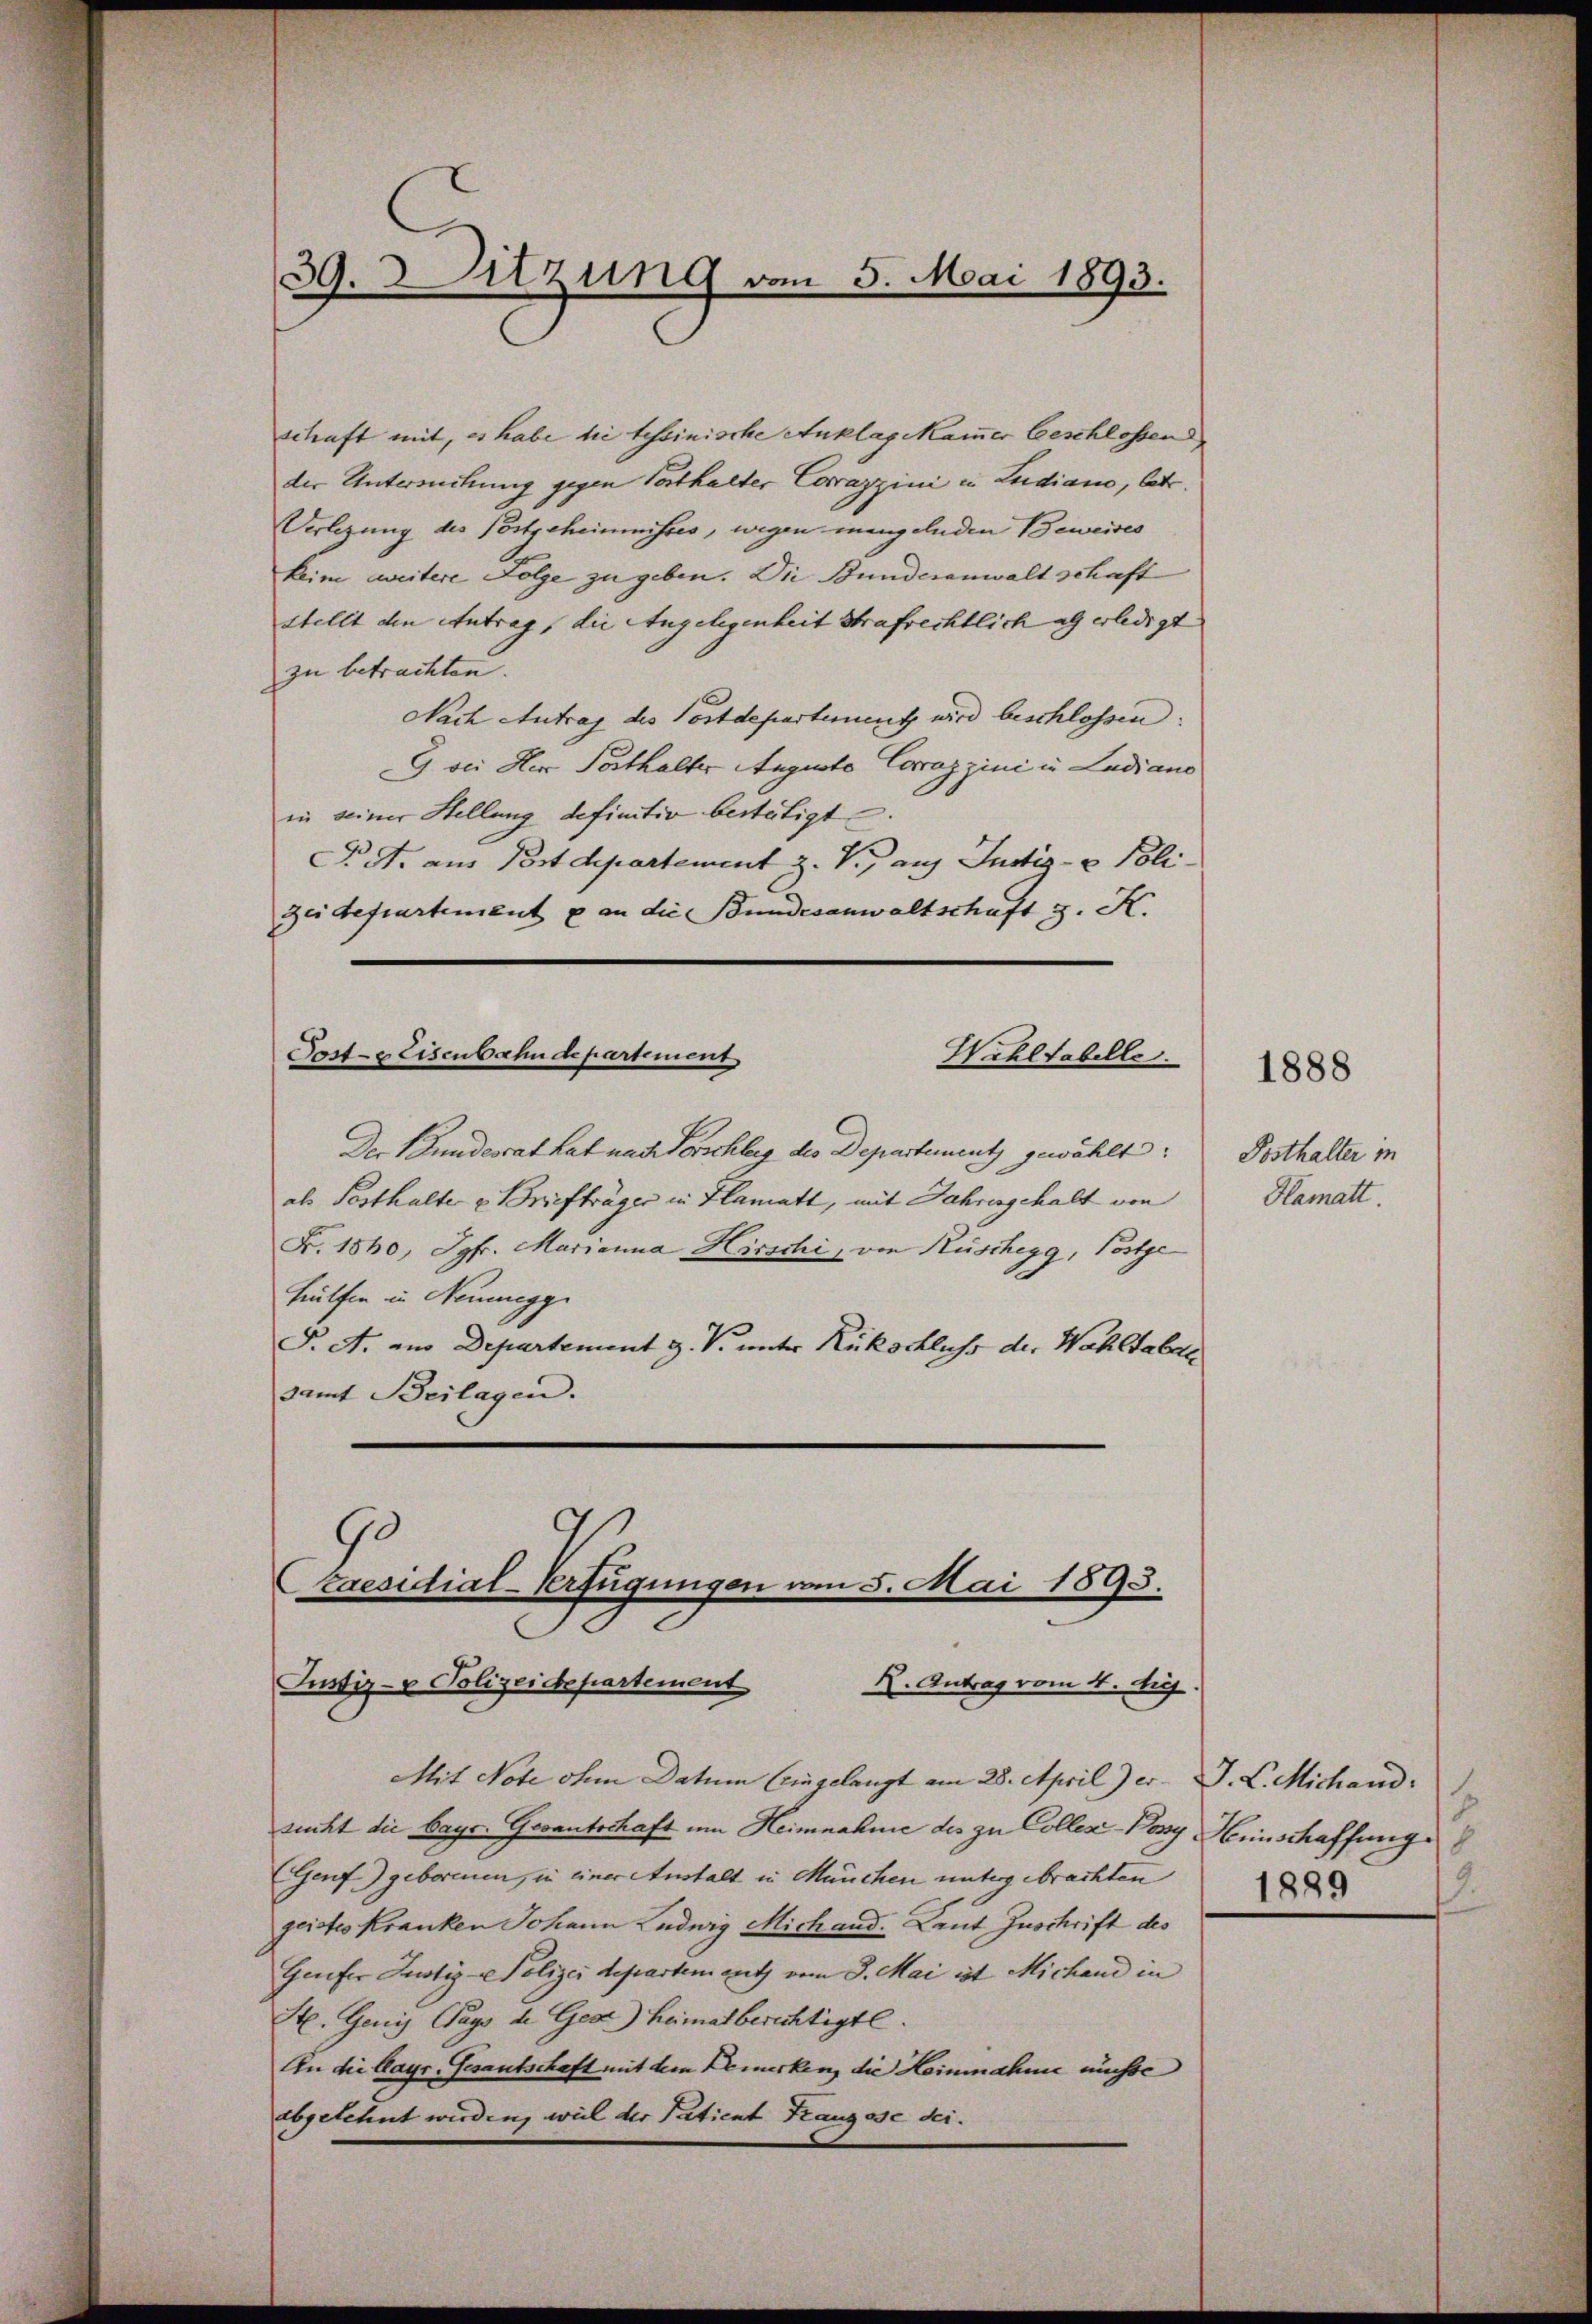
39. Sitzung vom 5. Mai 1893.

schaft mit, es habe die tessinische Anklag Mammer Geschlossen
der Untersuchung gegen Vorthalter Corazzini in Ludiano, betr.
Verlegung des Postgeheimnisses, wegen mangelnden Beweises
keim zweitere Folge zu geben. Die Bundesanwalt schaft
stellt den Antrag, die Angelegenheit strafrechtlich als erledigt
zu betrachten.
Nach Antrag des Postdepartement wird beschlossen:
G sei Herr Parthalter Augusto Corazzini in Ludiano
in seiner Stellung definitiv bestätigt.
P.S. aus Postdepartement z. V., auf Justiz- & Poli
zeidepartement & an die Bundesanwaltschaft z. K.
Post- & Eisenbahn de partement
Wihltabelle.
Der Bundesrat hat nach Vorschlag des Departement gewählt:
als Pesthalte u Briefträger in Hamatt, mit Jahrengehalt von
Fr. 1860, Jgfr. Marianna Hirschi, von Rüschegg, Postge
Hülfen in Neunegg
P. A. am Departement z. V. unter Rückschluss der Wahlhalde
samt Beilagen.

6
Caesidial-Verfügungen vom 5. Mai 1893.
K. Antrag vom 4. huj.
Justiz- & Polizeidepartement

Mit Note ohne Datum Eingelangt am 28. April) er. J. L. Michand
sucht die bayr. Gesantschaft um Heimnahme des zu Colles-Pery Heinschaffung
Genf geborenen, in einer Anstalt in München untergebrachten
geistes Kranken Johann Ludwig Michand. Laut Zuschrift des
Geufer Justiz - Polizei departem auth vom 3. Mai ist Michand in
St. Geni Gays de Ges.) Heimat berichtigte.
An die Kayr. Gesantschaft mit dem Bemerken, die Heinnahme müsse
abgelehnt werden, weil der Patient Kangsse sei.

1888

Posthalter in
Hamatt.

9.
1889